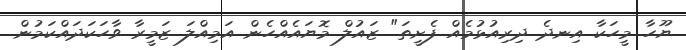
ޔޫހާ މީހަކާ އިނދެ ދިރިއުޅުމެއް ފެށީތަ" ޒައުލް މޮޔައެއްހެން އަމިއްލަ ޒަމީރާ ވާހަކަދައްކަމުން